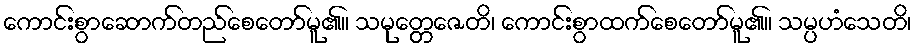
ကောင်းစွာဆောက်တည်စေတော်မူ၏။ သမုတ္တေဇေတိ၊ ကောင်းစွာထက်စေတော်မူ၏။ သမ္ပဟံသေတိ၊